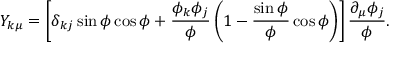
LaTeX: Y _ { k \mu } = \left[ \delta _ { k j } \sin \phi \cos \phi + \frac { \phi _ { k } \phi _ { j } } { \phi } \left( 1 - \frac { \sin \phi } { \phi } \cos \phi \right) \right] \frac { \partial _ { \mu } \phi _ { j } } { \phi } .